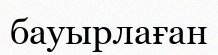
бауырлаған